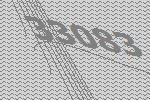
33083